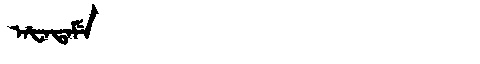
Manchu: ᠠᡶᠠᡨᠠᠮᡝ
Romanization: AFATAME